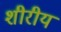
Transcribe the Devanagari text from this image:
शीरीय